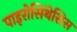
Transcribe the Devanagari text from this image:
पाइरोसिंथेसिस